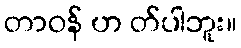
တာဝန် ဟ တ်ပါဘူး။